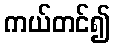
ကယ်တင်၍